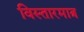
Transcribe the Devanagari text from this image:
विस्तारमात्र